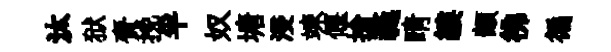
汰狱賚挽半奴塘浸竦偃搶蕤睛縷顓彿徧